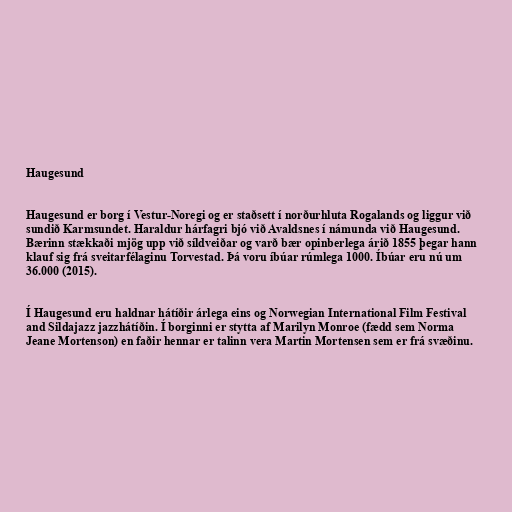
Haugesund

Haugesund er borg í Vestur-Noregi og er staðsett í norðurhluta Rogalands og liggur við
sundið Karmsundet. Haraldur hárfagri bjó við Avaldsnes í námunda við Haugesund.
Bærinn stækkaði mjög upp við síldveiðar og varð bær opinberlega árið 1855 þegar hann
klauf sig frá sveitarfélaginu Torvestad. Þá voru íbúar rúmlega 1000. Íbúar eru nú um
36.000 (2015).

Í Haugesund eru haldnar hátíðir árlega eins og Norwegian International Film Festival
and Sildajazz jazzhátíðin. Í borginni er stytta af Marilyn Monroe (fædd sem Norma
Jeane Mortenson) en faðir hennar er talinn vera Martin Mortensen sem er frá svæðinu.